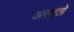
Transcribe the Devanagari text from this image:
अस्तृतो